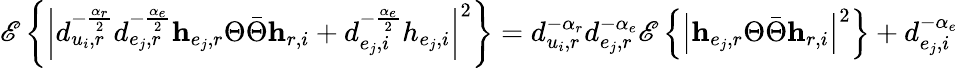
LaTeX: \mathscr{E}\left\{ \left|d_{u_{i},r}^{-\frac{\alpha_{r}}{2}}d_{e_{j},r}^{-\frac{\alpha_{e}}{2}}\mathbf{h}_{e_{j},r}\Theta\bar{\Theta}\mathbf{h}_{r,i}+d_{e_{j},i}^{-\frac{\alpha_{e}}{2}}h_{e_{j},i}\right|^{2}\right\} =d_{u_{i},r}^{-\alpha_{r}}d_{e_{j},r}^{-\alpha_{e}}\mathscr{E}\left\{ \left|\mathbf{h}_{e_{j},r}\Theta\bar{\Theta}\mathbf{h}_{r,i}\right|^{2}\right\} +d_{e_{j},i}^{-\alpha_{e}}